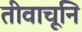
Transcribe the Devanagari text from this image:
तीवाचूनि